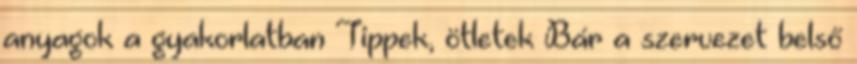
anyagok a gyakorlatban Tippek, ötletek Bár a szervezet belső